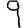
Digit: 9